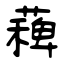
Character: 薭